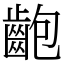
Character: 齙